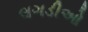
લગડીઓ